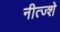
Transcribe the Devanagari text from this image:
नीत्ज्शे